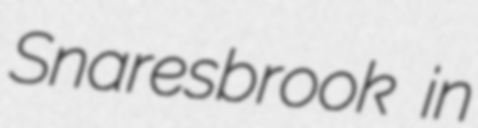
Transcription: Snaresbrook in